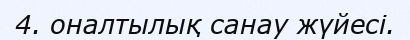
4. оналтылық санау жүйесi.